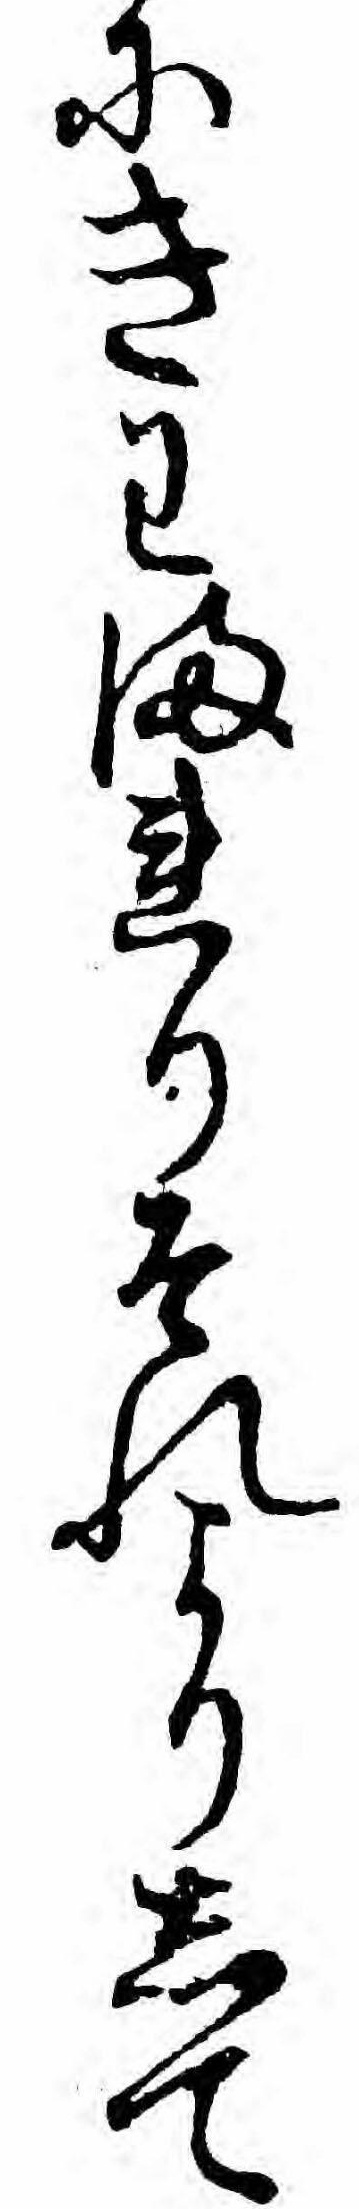
にきわまれりそれよりして